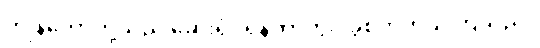
ကျွန်တော်တို့သည် ဆေးရုံဝရန်တာတွင် ခွဲစိတ်ကုသကြသည်။